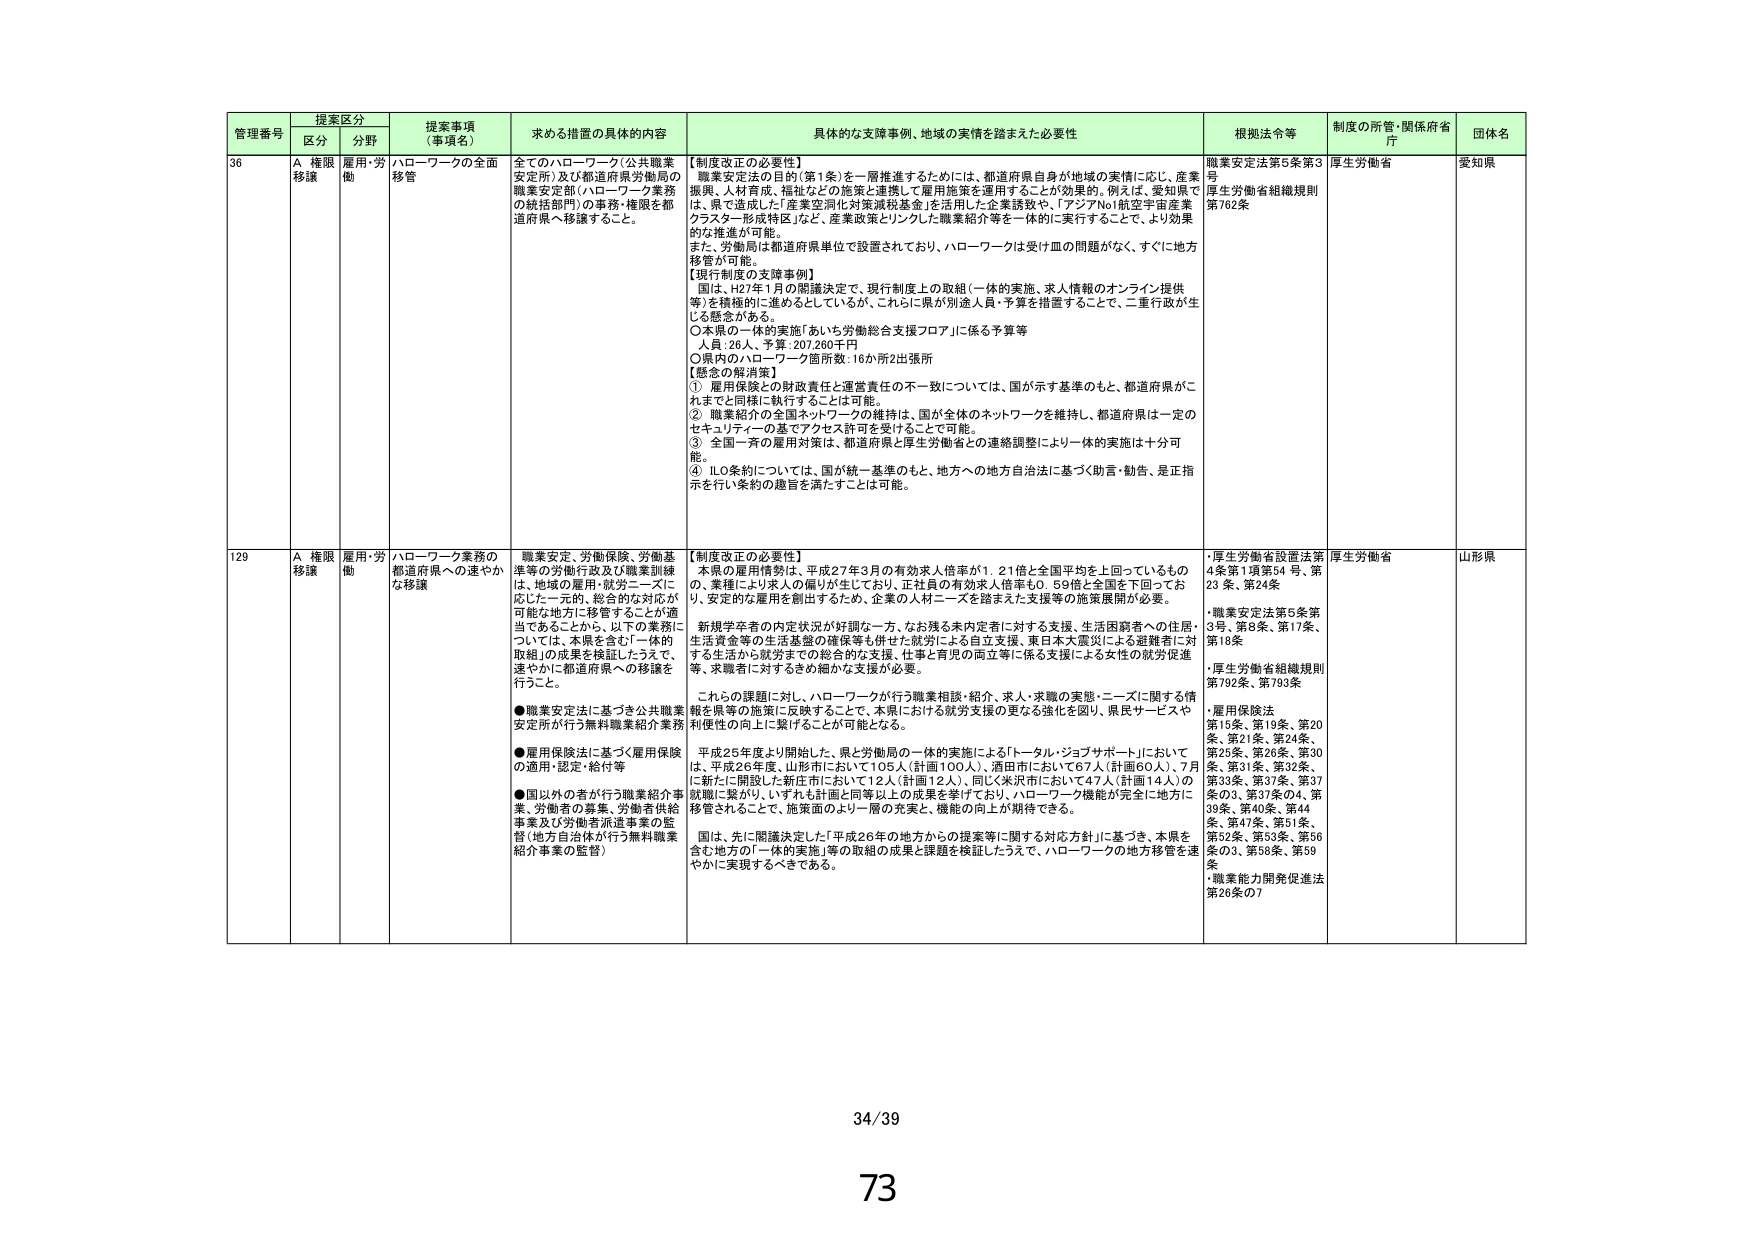
管理番号 提案区分 提案事項（事項名） 求める措置の具体的内容 具体的な支援事例、地域の実情を踏まえた必要性 根拠法令等 制度の所管・関係府省庁 団体名
区分 分野
36 A 権限移譲 雇用・労働 ハローワークの全面移管 全てのハローワーク（公共職業安定所）及び都道府県労働局の職業安定部（ハローワーク業務の統括部門）の事務・権限を都道府県へ移譲すること。 【制度改正の必要性】 職業安定法の目的（第1条）を一層推進するためには、都道府県自身が地域の実情に応じ、産業振興、人材育成、福祉などの施策と連携して雇用施策を運用することが効果的。例えば、愛知県では、県で造成した「産業空洞化対策減税基金」を活用した企業誘致や、「アジアNo1航空宇宙産業クラスター形成特区」など、産業政策とリンクした職業紹介等を一体的に実行することで、より効果的な推進が可能。 また、労働局は都道府県単位で設置されており、ハローワークは受け皿の問題がなく、すぐに地方移管が可能。 【現行制度の支障事例】 国は、H27年1月の閣議決定で、現行制度上の取組（一体的実施、求人情報のオンライン提供等）を積極的に進めるとしているが、これらに県が別途人員・予算を措置することで、二重行政が生じる懸念がある。 ○本県の一体的実施「あいち労働総合支援フロア」に係る予算等 人員：26人、予算：207,260千円 ○県内のハローワーク箇所数：16か所2出張所 【懸念の解消策】 ① 雇用保険との財政責任と運営責任の不一致については、国が示す基準のもと、都道府県がこれまでと同様に執行することは可能。 ② 職業紹介の全国ネットワークの維持は、国が全体のネットワークを維持し、都道府県は一定のセキュリティーの基でアクセス許可を受けることで可能。 ③ 全国一斉の雇用対策は、都道府県と厚生労働省との連絡調整により一体的実施は十分可能。 ④ ILO条約については、国が統一基準のもと、地方への地方自治法に基づく助言・勧告、是正指示を行い条約の趣旨を満たすことは可能。 職業安定法第5条第3号 厚生労働省組織規則第782条 厚生労働省 愛知県
129 A 権限移譲 雇用・労働 ハローワーク業務の都道府県への速やかな移譲 職業安定、労働保険、労働基準等の労働行政及び職業訓練は、地域の雇用・就労ニーズに応じた一元的、総合的な対応が可能な地方に移管することが適当であることから、以下の業務については、本県を含む「一体的取組」の成果を検証したうえで、速やかに都道府県への移譲を行うこと。 ●職業安定法に基づき公共職業安定所が行う無料職業紹介業務 ●雇用保険法に基づく雇用保険の適用・認定・給付等 ●国以外の者が行う職業紹介事業、労働者の募集、労働者供給事業及び労働者派遣事業の監督（地方自治体が行う無料職業紹介事業の監督） 【制度改正の必要性】 本県の雇用情勢は、平成27年3月の有効求人倍率が1.21倍と全国平均を上回っているもので、業種により求人の偏りが生じており、正社員の有効求人倍率も0.59倍と全国を下回っており、安定的な雇用を創出するため、企業の人材ニーズを踏まえた支援等の施策展開が必要。 新規学卒者の内定状況が好調な一方、なお残る未内定者に対する支援、生活困窮者への住居、生活資金等の生活基盤の確保等も併せた就労による自立支援、東日本大震災による避難者に対する生活から就労までの総合的な支援、仕事と育児の両立等に係る支援による女性の就労促進等、求職者に対するきめ細かな支援が必要。 これらの課題に対し、ハローワークが行う職業相談・紹介、求人・求職の実態・ニーズに関する情報を県単位の施策に反映することで、本県における就労支援の更なる強化を図り、県民サービスや利便性の向上に繋げることが可能となる。 平成25年度より開始した、県と労働局の一体的実施による「トータル・ジョブサポート」においては、平成26年度、山形市において105人（計画100人）、酒田市において67人（計画60人）、7月に新たに開設した新庄市において12人（計画12人）、同じく米沢市において47人（計画14人）の就職に繋がり、いずれも計画と同等以上の成果を挙げており、ハローワーク機能が完全に地方に移管されることで、施策面のより一層の充実と、機能の向上が期待できる。 国は、先に関議決定した「平成26年の地方からの提案等に関する対応方針」に基づき、本県を含む地方の「一体的実施」等の取組の成果と課題を検証したうえで、ハローワークの地方移管を速やかに実現するべきである。 ・厚生労働省設置法第4条第1項第54号、第23条、第24条 ・職業安定法第5条第3号、第8条、第17条、第18条 ・厚生労働省組織規則第792条、第793条 ・雇用保険法 第15条、第19条、第20条、第21条、第24条、第25条、第26条、第30条、第31条、第32条、第33条、第37条、第37条の3、第37条の4、第39条、第40条、第44条、第47条、第51条、第52条、第53条、第56条の3、第58条、第59条、 ・職業能力開発促進法第26条の7 厚生労働省 山形県
34/39
73